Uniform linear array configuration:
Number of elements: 12
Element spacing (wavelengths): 0.25
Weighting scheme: uniform
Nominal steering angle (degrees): -60
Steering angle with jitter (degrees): -60.241
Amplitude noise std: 0.05
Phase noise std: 0.05

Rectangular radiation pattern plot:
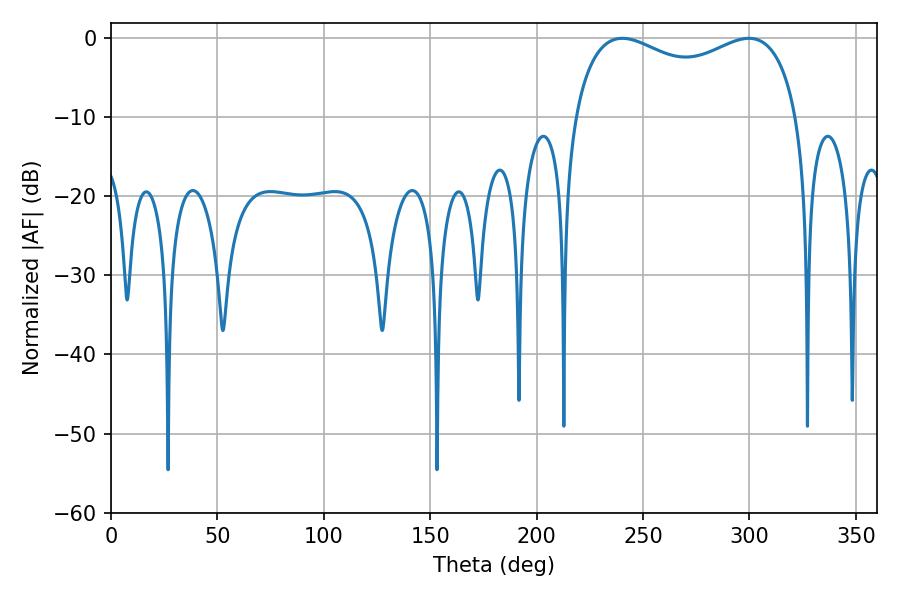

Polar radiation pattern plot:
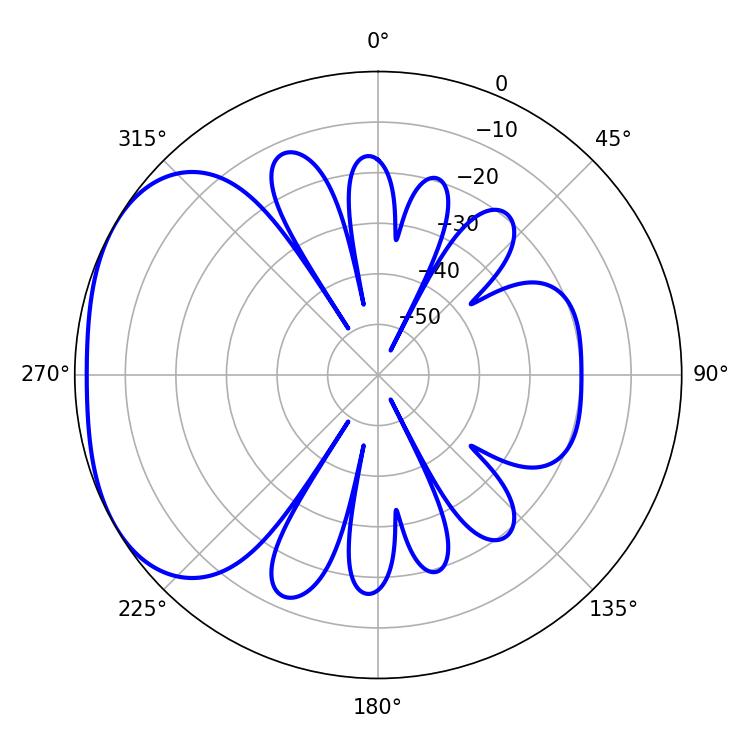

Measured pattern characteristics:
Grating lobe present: FALSE
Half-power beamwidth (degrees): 87.48
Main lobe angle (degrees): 240.3